Indian journal of veterinary science and animal husbandry - Volume 6,
Year: 1936
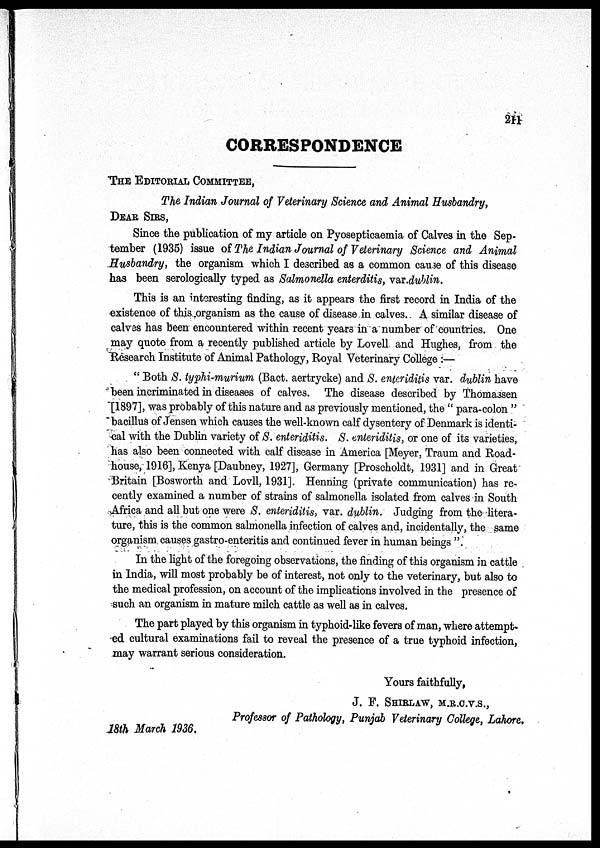
211
CORRESPONDENCE
THE EDITORIAL COMMITTEE,
The Indian Journal of Veterinary Science and Animal Husbandry,
DEAR SIRS,
Since the publication of my article on Pyosepticaemia of Calves in the Sep-
tember (1935) issue of The Indian Journal of Veterinary Science and Animal
Husbandry, the organism which I described as a common cause of this disease
has been serologically typed as Salmonella enterditis, var.dublin.
This is an interesting finding, as it appears the first record in India of the
existence of this organism as the cause of disease in calves. A similar disease of
calves has been encountered within recent years in a number of countries. One
may quote from a recently published article by Lovell and Hughes, from the
Research Institute of Animal Pathology, Royal Veterinary College :—
" Both S. typhi-murium (Bact. aertrycke) and S. enteriditis var. dublin have
been incriminated in diseases of calves. The disease described by Thomassen
[1897], was probably of this nature and as previously mentioned, the " para-colon "
bacillus of Jensen which causes the well-known calf dysentery of Denmark is identi-
cal with the Dublin variety of S. enteriditis. S. enteriditis, or one of its varieties,
has also been connected with calf disease in America [Meyer, Traum and Road-
house, 1916], Kenya [Daubney, 1927], Germany [Proscholdt, 1931] and in Great
Britain [Bosworth and Lovll, 1931]. Henning (private communication) has re-
cently examined a number of strains of salmonella isolated from calves in South
Africa and all but one were S. enteriditis, var. dublin. Judging from the litera-
ture, this is the common salmonella infection of calves and, incidentally, the same
organism causes gastro-enteritis and continued fever in human beings ".
In the light of the foregoing observations, the finding of this organism in cattle
in India, will most probably be of interest, not only to the veterinary, but also to
the medical profession, on account of the implications involved in the presence of
such an organism in mature milch cattle as well as in calves.
The part played by this organism in typhoid-like fevers of man, where attempt-
ed cultural examinations fail to reveal the presence of a true typhoid infection,
may warrant serious consideration.
Yours faithfully,
J. F. SHIRLAW, M.R.C.V.S.,
Professor of Pathology, Punjab Veterinary College, Lahore.
18th March 1936.